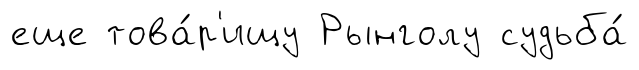
еще това́р'ищу Рынголу судьба́